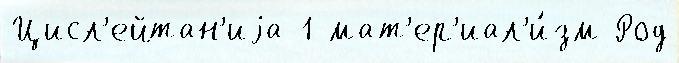
Цисл'ейтан'иjа 1 мат'ер'иал'и́зм Род